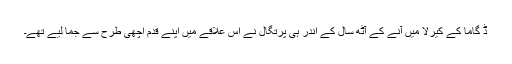
ڈَ گاما کے کیرلا میں آنے کے آٹھ سال کے اندر ہی پرتگال نے اس علاقے میں اپنے قدم اچھی طرح سے جما لیے تھے۔